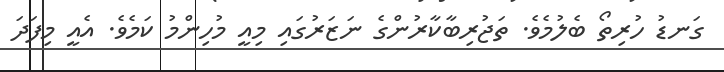
ގަނޑު ހުރިތޯ ބެލުމެވެ. ތަޖުރިބާކާރުންގެ ނަޒަރުގައި މިއީ މުހިންމު ކަމެވެ. އެއީ މިފަދަ